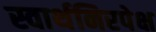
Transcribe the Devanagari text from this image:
स्वार्थनिरपेक्ष